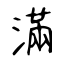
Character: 滿